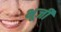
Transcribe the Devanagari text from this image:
भूर्जी